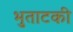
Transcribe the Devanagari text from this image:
भुताटकी